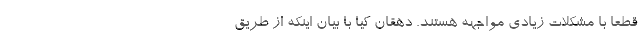
قطعاً با مشکلات زیادی مواجهه هستند. دهقان کیا با بیان اینکه از طریق